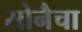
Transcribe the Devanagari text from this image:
सोनैचा